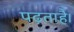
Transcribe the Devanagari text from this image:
पढ़ताहै।